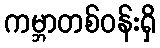
ကမ္ဘာတစ်ဝန်းရှိ